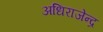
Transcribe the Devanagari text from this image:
अधिराजेन्द्र